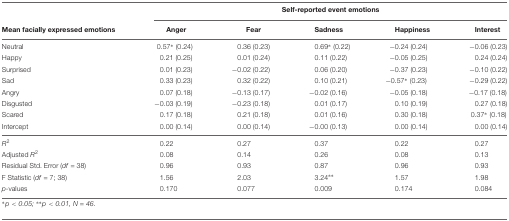
<table><thead><tr><td></td><td colspan="5"><b>Self-reported event emotions</b></td></tr><tr><td><b>Mean facially expressed emotions</b></td><td><b>Anger</b></td><td><b>Fear</b></td><td><b>Sadness</b></td><td><b>Happiness</b></td><td><b>Interest</b></td></tr></thead><tbody><tr><td>Neutral</td><td>0.57<sup>∗</sup> (0.24)</td><td>0.36 (0.23)</td><td>0.69<sup>∗</sup> (0.22)</td><td>-0.24 (0.24)</td><td>-0.06 (0.23)</td></tr><tr><td>Happy</td><td>0.21 (0.25)</td><td>0.01 (0.24)</td><td>0.11 (0.22)</td><td>-0.05 (0.25)</td><td>0.24 (0.24)</td></tr><tr><td>Surprised</td><td>0.01 (0.23)</td><td>-0.02 (0.22)</td><td>0.06 (0.20)</td><td>-0.37 (0.23)</td><td>-0.10 (0.22)</td></tr><tr><td>Sad</td><td>0.33 (0.23)</td><td>0.32 (0.22)</td><td>0.10 (0.21)</td><td>-0.57<sup>∗</sup> (0.23)</td><td>-0.29 (0.22)</td></tr><tr><td>Angry</td><td>0.07 (0.18)</td><td>-0.13 (0.17)</td><td>-0.02 (0.16)</td><td>-0.05 (0.18)</td><td>-0.17 (0.18)</td></tr><tr><td>Disgusted</td><td>-0.03 (0.19)</td><td>-0.23 (0.18)</td><td>0.01 (0.17)</td><td>0.10 (0.19)</td><td>0.27 (0.18)</td></tr><tr><td>Scared</td><td>0.17 (0.18)</td><td>0.21 (0.18)</td><td>0.01 (0.16)</td><td>0.30 (0.18)</td><td>0.37<sup>∗</sup> (0.18)</td></tr><tr><td>Intercept</td><td>0.00 (0.14)</td><td>0.00 (0.14)</td><td>-0.00 (0.13)</td><td>0.00 (0.14)</td><td>0.00 (0.14)</td></tr><tr><td><i>R</i><sup>2</sup></td><td>0.22</td><td>0.27</td><td>0.37</td><td>0.22</td><td>0.27</td></tr><tr><td>Adjusted <i>R</i><sup>2</sup></td><td>0.08</td><td>0.14</td><td>0.26</td><td>0.08</td><td>0.13</td></tr><tr><td>Residual Std. Error (<i>df</i> = 38)</td><td>0.96</td><td>0.93</td><td>0.87</td><td>0.96</td><td>0.93</td></tr><tr><td>F Statistic (<i>df</i> = 7; 38)</td><td>1.56</td><td>2.03</td><td>3.24<sup>∗∗</sup></td><td>1.57</td><td>1.98</td></tr><tr><td><i>p</i>-values</td><td>0.170</td><td>0.077</td><td>0.009</td><td>0.174</td><td>0.084</td></tr></tbody></table>